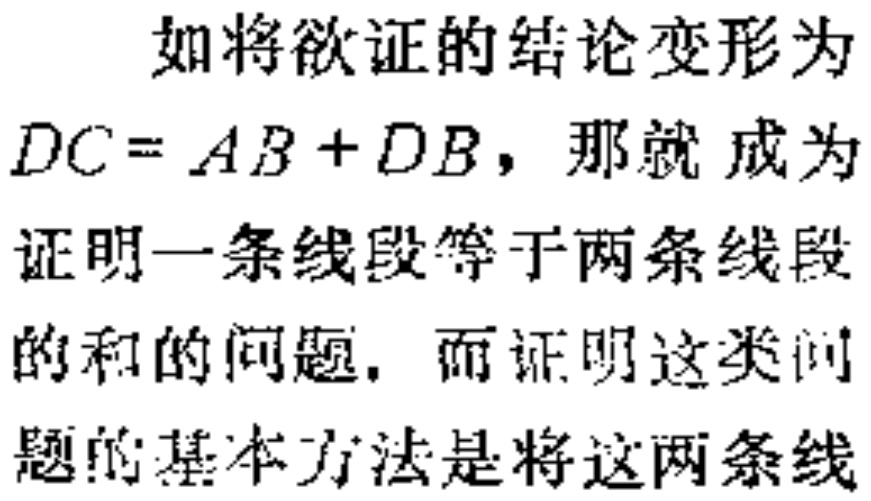
如将欲证的结论变形为

$DC = AB + DB$，那就 成为

证明一条线段等于两条线段

的和的问题. 而证明这类问

题的基本方法是将这两条线